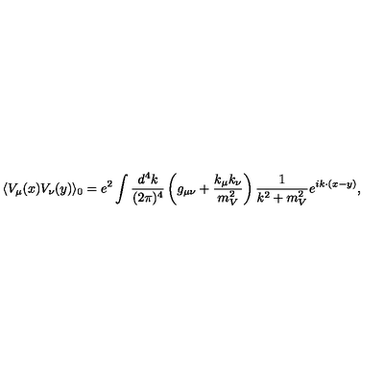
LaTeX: \langle V _ { \mu } ( x ) V _ { \nu } ( y ) \rangle _ { 0 } = e ^ { 2 } \int \frac { d ^ { 4 } k } { ( 2 \pi ) ^ { 4 } } \left( g _ { \mu \nu } + \frac { k _ { \mu } k _ { \nu } } { m _ { V } ^ { 2 } } \right) \frac { 1 } { k ^ { 2 } + m _ { V } ^ { 2 } } e ^ { i k \cdot ( x - y ) } ,